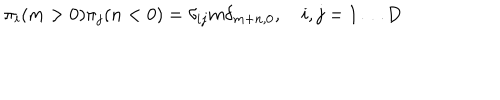
LaTeX: \pi _ { i } ( m > 0 ) \pi _ { j } ( n < 0 ) = \delta _ { i j } m \delta _ { m + n , 0 } , \quad i , j = 1 \dots D